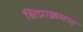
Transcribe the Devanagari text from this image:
क्षिप्राक्रमण